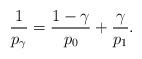
LaTeX: \begin{align*}\frac{1}{p_\gamma} = \frac{1 - \gamma}{p_0} + \frac{\gamma}{p_1}.\end{align*}